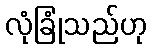
လုံခြုံသည်ဟု